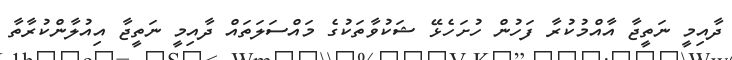
ދާއިމީ ނަތީޖާ އާއްމުކުރާ ފަހުން ހުށަހެޅޭ ޝަކުވާތަކުގެ މައްސަލަތައް ދާއިމީ ނަތީޖާ އިއުލާންކުރާތާ